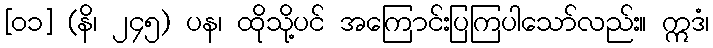
[၀၁] (နိ၊ ၂၄၅) ပန၊ ထိုသို့ပင် အကြောင်းပြကြပါသော်လည်း။ ဣဒံ၊